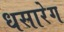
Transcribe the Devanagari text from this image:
धसारेग